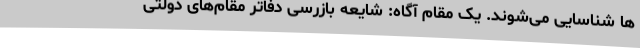
ها شناسایی می‌شوند. یک مقام آگاه: شایعه بازرسی دفاتر مقام‌های دولتی